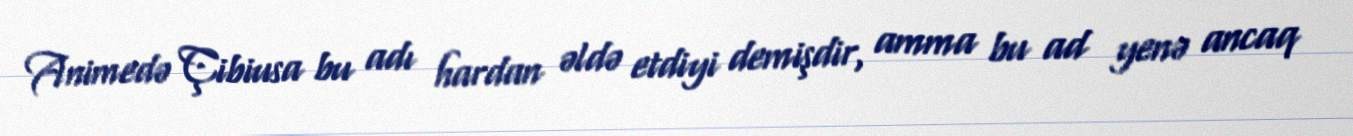
Animedə Çibiusa bu adı hardan əldə etdiyi demişdir, amma bu ad yenə ancaq